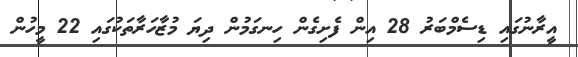
އީރާނުގައި ޑިސެމްބަރު 28 އިން ފެށިގެން ހިނގަމުން ދިޔަ މުޒާހަރާތަކުގައި 22 މީހުން